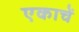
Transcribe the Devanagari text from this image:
एकाचें